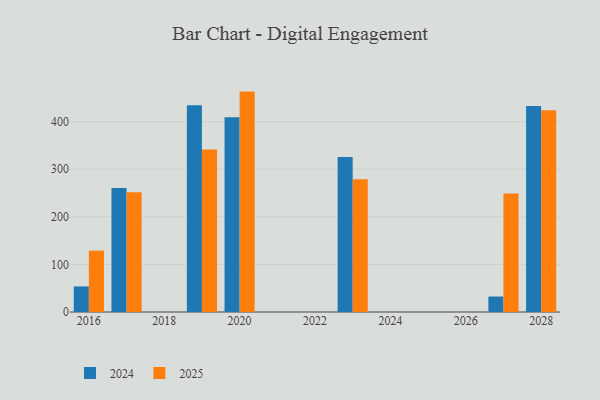
{"axis": {"x": "Year", "y": "Demand Index"}, "legend": ["2024", "2025"], "data": [{"x": "2017", "y": 260.9, "type": "2024"}, {"x": "2017", "y": 251.8, "type": "2025"}, {"x": "2023", "y": 325.9, "type": "2024"}, {"x": "2023", "y": 278.9, "type": "2025"}, {"x": "2020", "y": 409.6, "type": "2024"}, {"x": "2020", "y": 463.3, "type": "2025"}, {"x": "2028", "y": 433.0, "type": "2024"}, {"x": "2028", "y": 424.1, "type": "2025"}, {"x": "2016", "y": 53.8, "type": "2024"}, {"x": "2016", "y": 129.0, "type": "2025"}, {"x": "2019", "y": 434.8, "type": "2024"}, {"x": "2019", "y": 341.6, "type": "2025"}, {"x": "2027", "y": 32.5, "type": "2024"}, {"x": "2027", "y": 249.3, "type": "2025"}]}